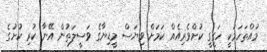
މުއްތަހަމަކީ ހަގީގީ ކުށްވެރިއެއް ކަމަށް ވިޔަސް މީޑިޔާގެ ވަސީލަތުން އޭނާ ކުރި ކުށުގެ